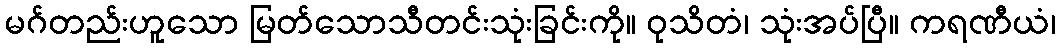
မဂ်တည်းဟူသော မြတ်သောသီတင်းသုံးခြင်းကို။ ဝုသိတံ၊ သုံးအပ်ပြီ။ ကရဏီယံ၊